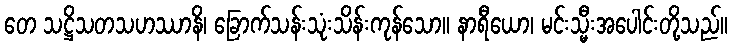
တေ သဋ္ဌိသတသဟဿာနိ၊ ခြောက်သန်းသုံးသိန်းကုန်သော။ နာရီယော၊ မင်းသ္မီးအပေါင်းတို့သည်။